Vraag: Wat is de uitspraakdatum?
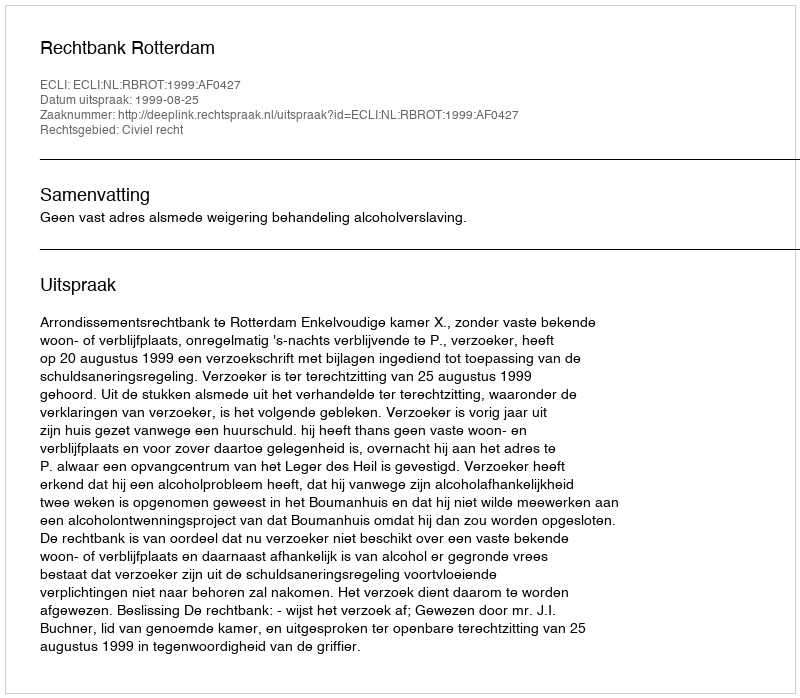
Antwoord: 1999-08-25